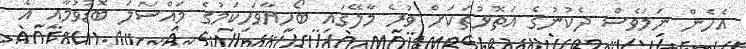
އެހެން ނަމަވެސް ދެކުނުގެ އަތޮޅުތަކަށް ވުރެ މާލޭގައި ބޯހިޔާވަހިކަމުގެ މައްސަލަ ބޮޑުވުމާއި އެ